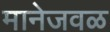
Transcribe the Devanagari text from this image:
मानेजवळ